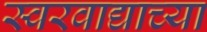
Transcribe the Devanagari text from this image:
स्वरवाद्याच्या